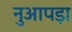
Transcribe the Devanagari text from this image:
नुआपड़ा